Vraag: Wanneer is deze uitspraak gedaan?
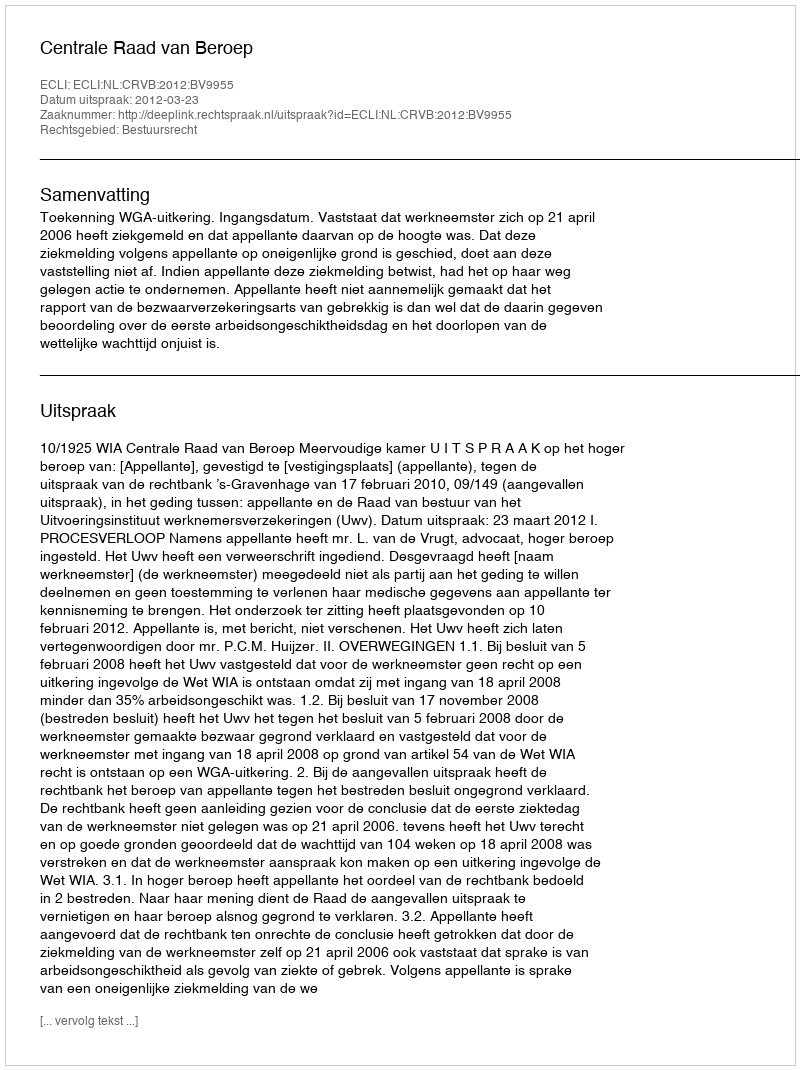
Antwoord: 2012-03-23